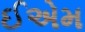
ઈએમ